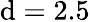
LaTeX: \mathrm{d}=2.5